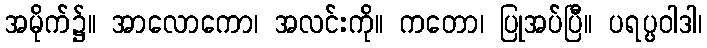
အမိုက်၌။ အာလောကော၊ အလင်းကို။ ကတော၊ ပြုအပ်ပြီ။ ပရပ္ပဝါဒါ၊